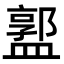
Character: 𥂣